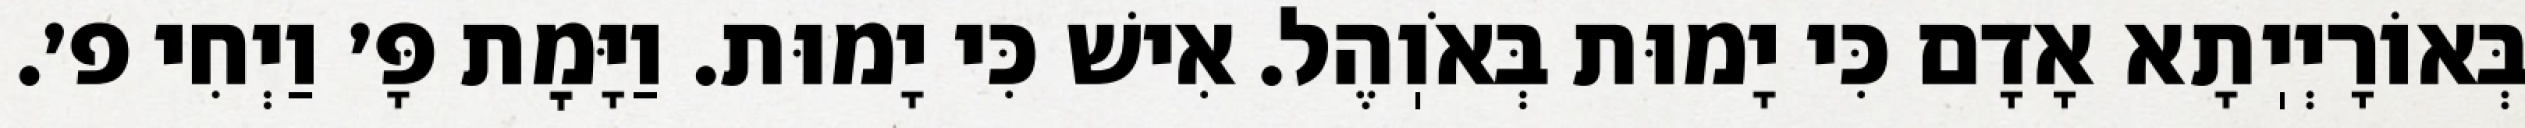
בְּאוֹרָיְיֽתָא אָדָם כִּי יָמוּת בְּאֹוֽהֶל. אִישׁ כִּי יָמוּת. וַיָּמׇת פָּ׳ וַיְחִי פ׳.